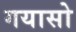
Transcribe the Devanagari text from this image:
गयासो